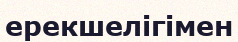
ерекшелігімен